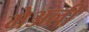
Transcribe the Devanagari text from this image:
मेअली